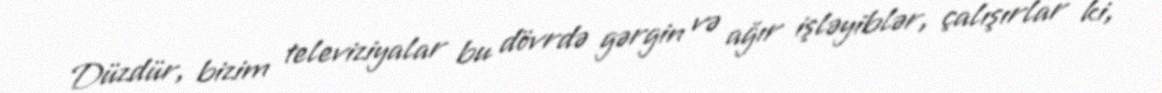
Düzdür, bizim televiziyalar bu dövrdə gərgin və ağır işləyiblər, çalışırlar ki,